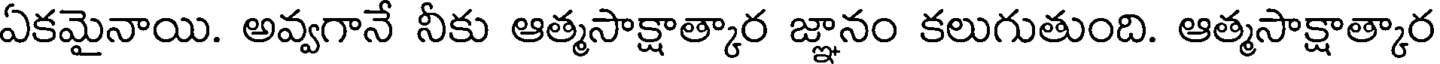
ఏకమైనాయి. అవ్వగానే నీకు ఆత్మసాక్షాత్కార జ్ఞానం కలుగుతుంది. ఆత్మసాక్షాత్కార